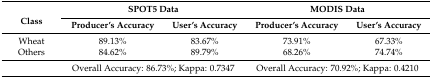
<table><thead><tr><td rowspan="2"><b>Class</b></td><td colspan="2"><b>SPOT5 Data</b></td><td colspan="2"><b>MODIS Data</b></td></tr><tr><td><b>Producer’s Accuracy</b></td><td><b>User’s Accuracy</b></td><td><b>Producer’s Accuracy</b></td><td><b>User’s Accuracy</b></td></tr></thead><tbody><tr><td>Wheat</td><td>89.13%</td><td>83.67%</td><td>73.91%</td><td>67.33%</td></tr><tr><td>Others</td><td>84.62%</td><td>89.79%</td><td>68.26%</td><td>74.74%</td></tr><tr><td></td><td colspan="2">Overall Accuracy: 86.73%; Kappa: 0.7347</td><td colspan="2">Overall Accuracy: 70.92%; Kappa: 0.4210</td></tr></tbody></table>